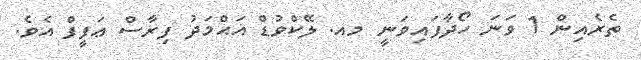
ތެރެއިން 1 ވަނަ ހޯދާފައިވަނީ މއ. ލޭކްވުޑް އަޙްމަދު ފިރާސް ޢަފީފް އެވެ.